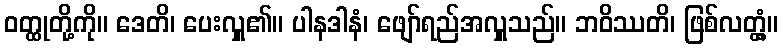
ဝတ္ထုတို့ကို။ ဒေတိ၊ ပေးလှူ၏။ ပါနဒါနံ၊ ဖျော်ရည်အလှူသည်။ ဘဝိဿတိ၊ ဖြစ်လတ္တံ့။